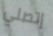
إتصلي